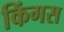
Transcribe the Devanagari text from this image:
किंगस